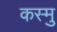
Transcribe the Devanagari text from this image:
कस्मु